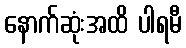
နောက်ဆုံးအထိ ပါရမီ